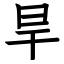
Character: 旱